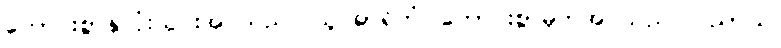
ကောင်းစွာနှလုံးသွင်းအပ်သည်။ သူပဓာရိတံ၊ ကောင်းစွာမှတ်အပ်သည်။ ပညာယ၊